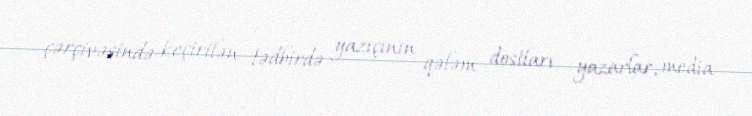
çərçivəsində keçirilən tədbirdə yazıçının qələm dostları, yazarlar, media